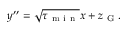
y ^ { \prime \prime } = \sqrt { \tau _ { \mathrm { ~ m ~ i ~ n ~ } } } x + z _ { \mathrm { ~ G ~ } } .